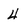
Character: 4